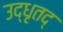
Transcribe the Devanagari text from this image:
उद्धृतद्